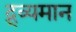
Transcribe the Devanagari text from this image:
द्र्व्यमान